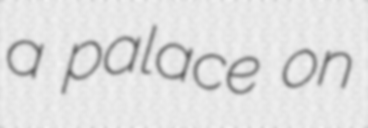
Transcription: a palace on